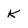
Character: K